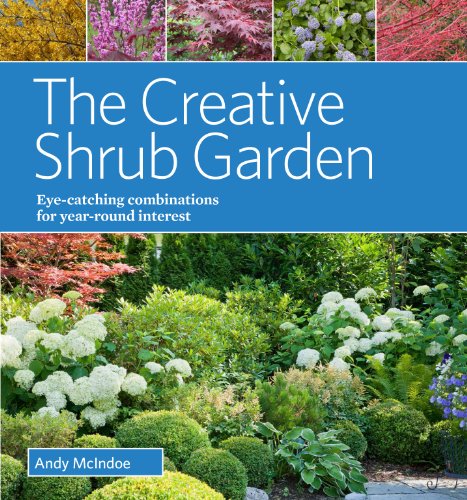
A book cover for The Creative Shrub Garden: Eye-Catching Combinations for Year-Round Interest; Andy McIndoe; Crafts, Hobbies & Home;